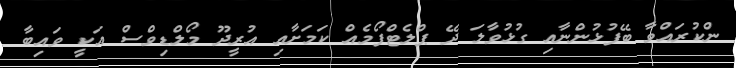
ންކުރައްވާ ބޭފުޅުންނާއި ގުޅުވާލަ ދޭ ޕްލެޓްފޯމެއް ކަމަށާއި އުރީދޫ މޯލްޑިވްސް އަކީ ވައިބާ